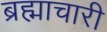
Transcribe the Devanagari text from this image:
ब्रह्माचारी